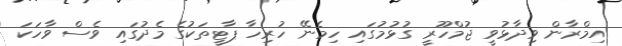
އިމްރާން ވިދާޅުވީ ޖުމްހޫރީ ގުޅުމުގައި ހިމެނޭ ހުރިހާ ޕާޓީތަކުގެ މެދުގައި ވެސް ވާހަކަ